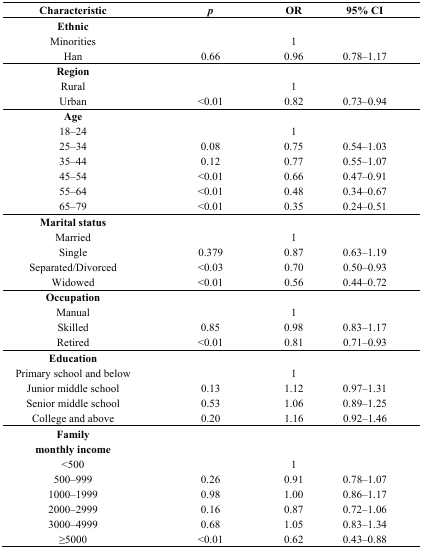
| Characteristic | p | OR | 95% CI |
 | --- | --- | --- | --- |
 | Ethnic |  |  |  |
 | Minorities |  | 1 |  |
 | Han | 0.66 | 0.96 | 0.78–1.17 |
 | Region |  |  |  |
 | Rural |  | 1 |  |
 | Urban | <0.01 | 0.82 | 0.73–0.94 |
 | Age |  |  |  |
 | 18–24 |  | 1 |  |
 | 25–34 | 0.08 | 0.75 | 0.54–1.03 |
 | 35–44 | 0.12 | 0.77 | 0.55–1.07 |
 | 45–54 | <0.01 | 0.66 | 0.47–0.91 |
 | 55–64 | <0.01 | 0.48 | 0.34–0.67 |
 | 65–79 | <0.01 | 0.35 | 0.24–0.51 |
 | Marital status |  |  |  |
 | Married |  | 1 |  |
 | Single | 0.379 | 0.87 | 0.63–1.19 |
 | Separated/Divorced | <0.03 | 0.70 | 0.50–0.93 |
 | Widowed | <0.01 | 0.56 | 0.44–0.72 |
 | Occupation |  |  |  |
 | Manual |  | 1 |  |
 | Skilled | 0.85 | 0.98 | 0.83–1.17 |
 | Retired | <0.01 | 0.81 | 0.71–0.93 |
 | Education |  |  |  |
 | Primary school and below |  | 1 |  |
 | Junior middle school | 0.13 | 1.12 | 0.97–1.31 |
 | Senior middle school | 0.53 | 1.06 | 0.89–1.25 |
 | College and above | 0.20 | 1.16 | 0.92–1.46 |
 | Family monthly income |  |  |  |
 | <500 |  | 1 |  |
 | 500–999 | 0.26 | 0.91 | 0.78–1.07 |
 | 1000–1999 | 0.98 | 1.00 | 0.86–1.17 |
 | 2000–2999 | 0.16 | 0.87 | 0.72–1.06 |
 | 3000–4999 | 0.68 | 1.05 | 0.83–1.34 |
 | ≥5000 | <0.01 | 0.62 | 0.43–0.88 |